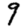
Digit: 9